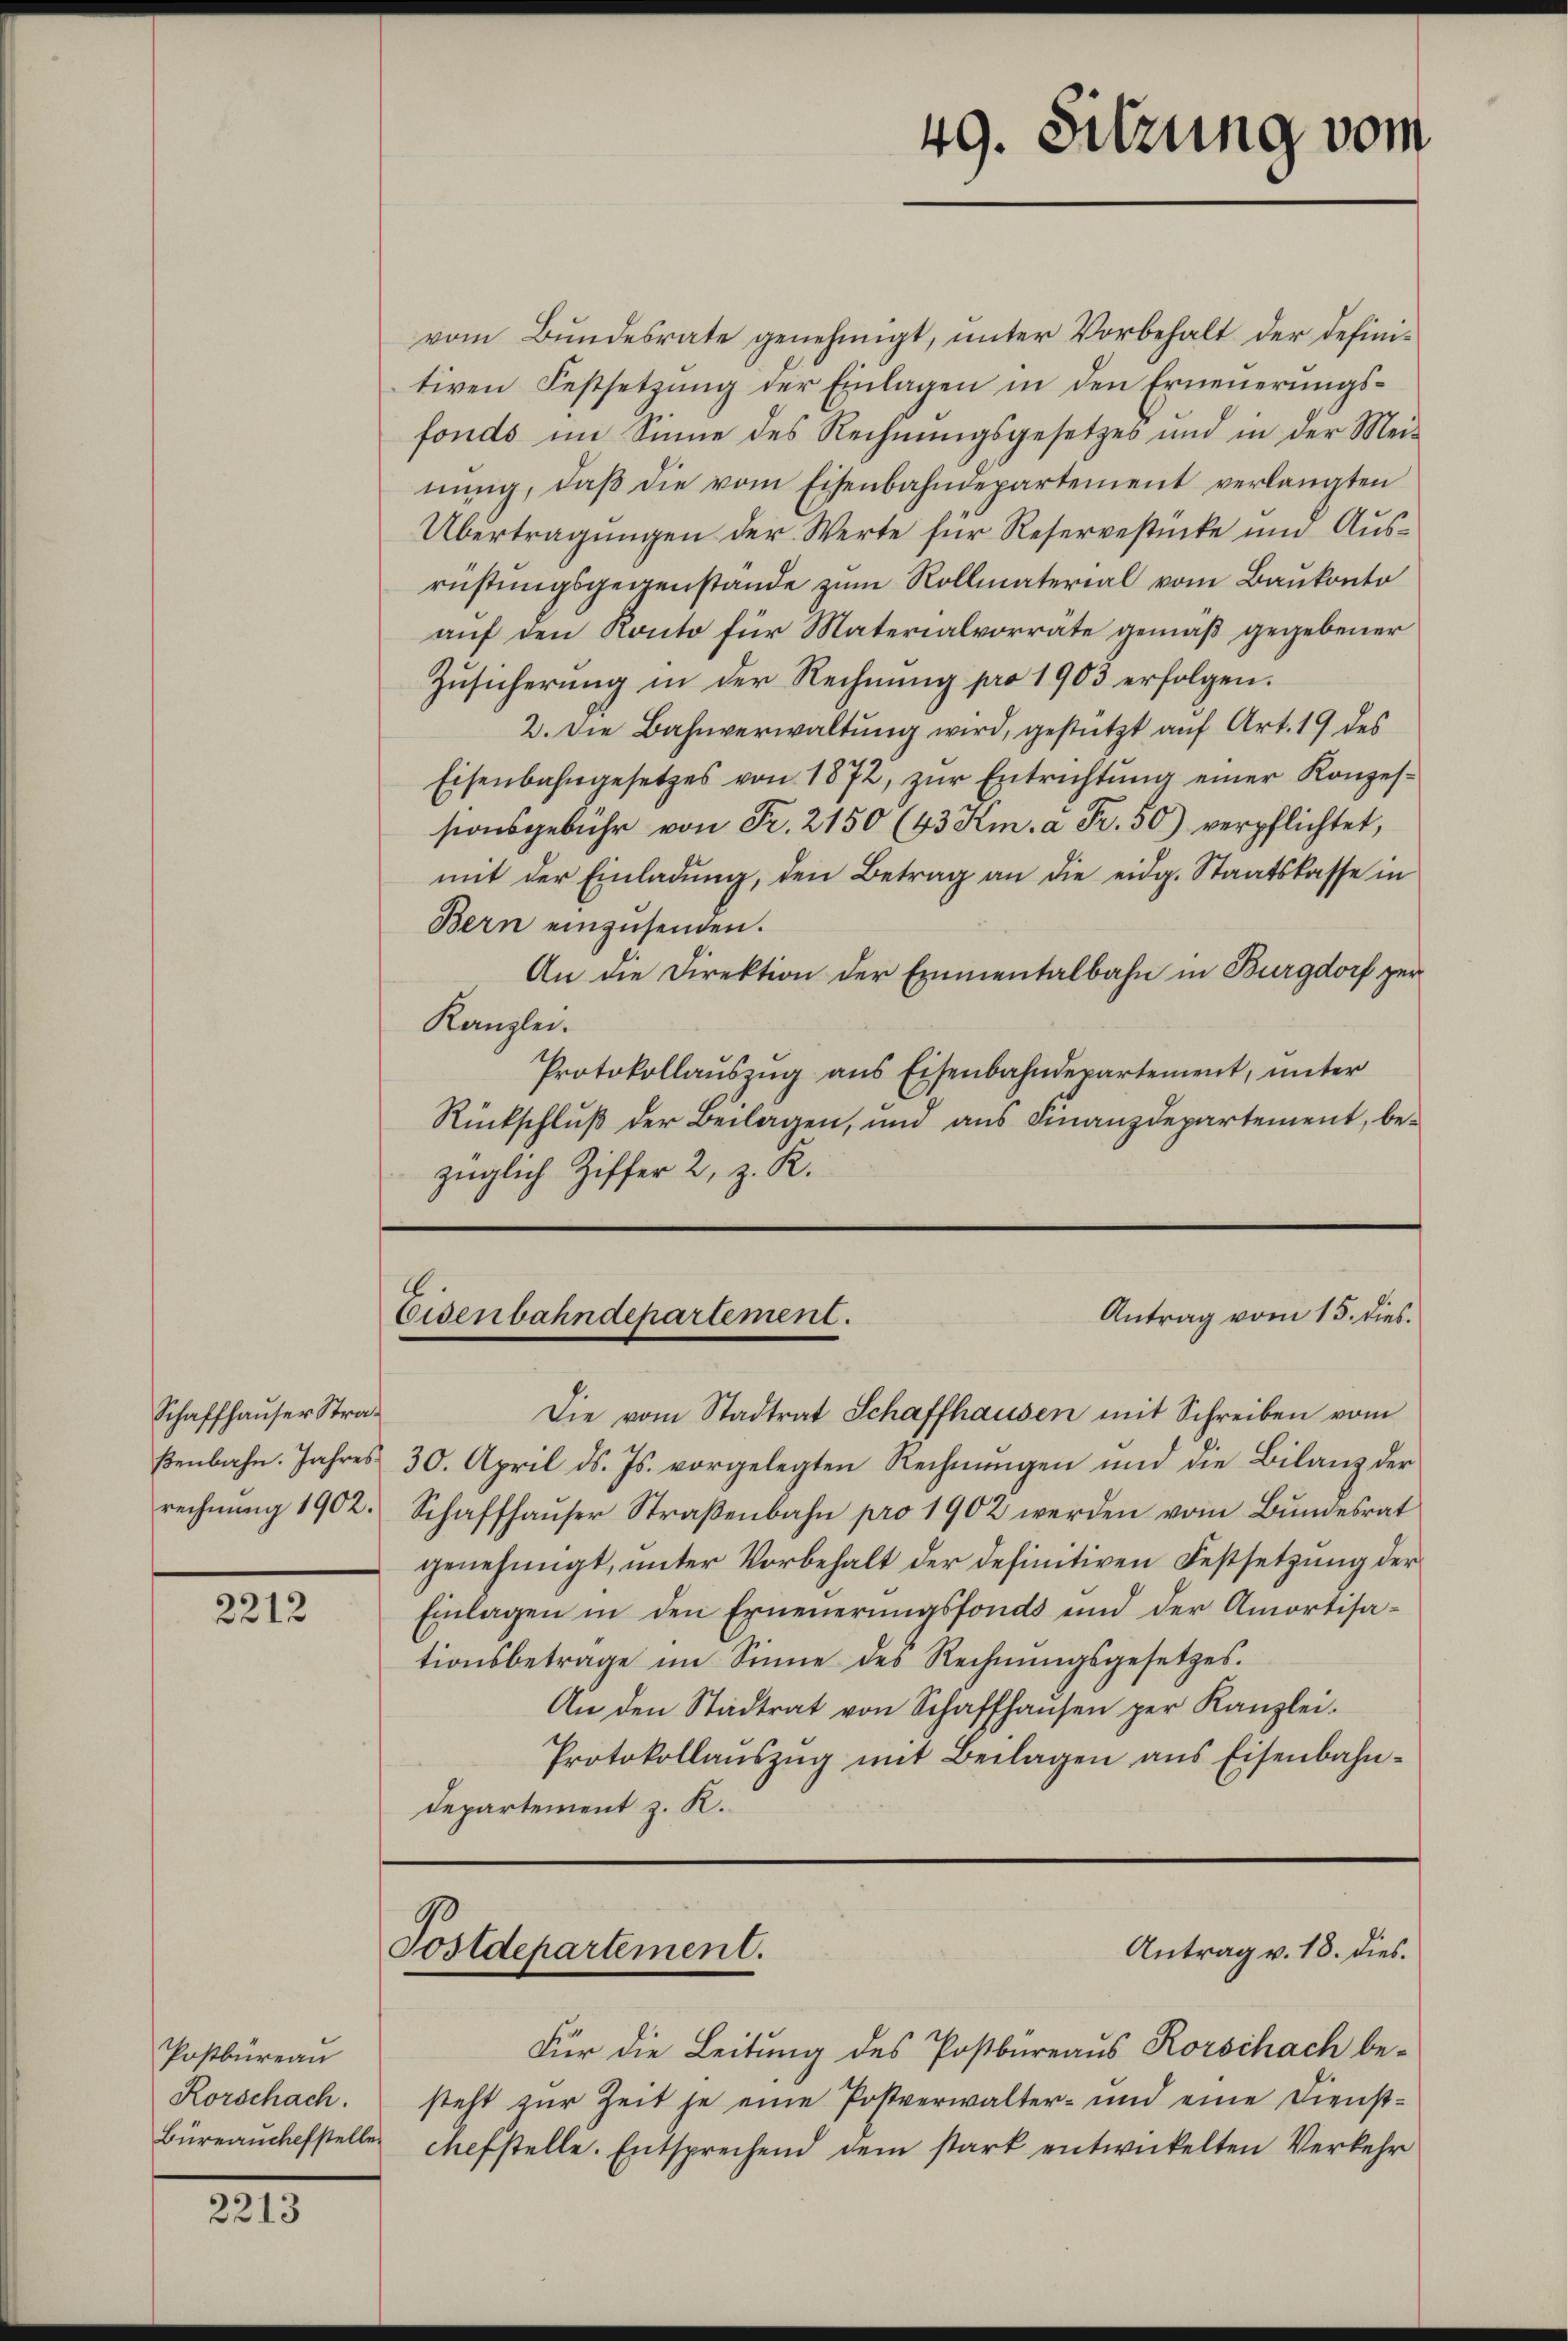
Schaffhauser Straßenbahn. Jahres
rechnung 1902.

2212

Postbüreau
Rorschach.
Büreauchefstelle

2213

vom Bundesrate genehmigt, ŭnter Vorbehalt der defini-
tiven Festsetzung der Einlagen in den Erneuerungsfonds im Sinne des Rechnungsgesetzes und in der Mei-
nŭng, daβ die vom Eisenbahndepartement verlangten
Übertragungen der Werte für Reservestücke und Ausrüstungsgegenstande zum Rollmaterial vom Baukonto
auf den Konto für Materialvorrate gemäß gegebener
Zusicherung in der Rechnung pro 1903 erfolgen.
2. Die Bahnverwaltung wird, gestützt auf Art. 19 des
Eisenbahngesetzes von 1872, zŭr Entrichtung einer Konzessionsgebühr von Fr. 2150 (43 Km. à Fr. 50) verpflichtet,
mit der Einladŭng, den Betrag an die eidg. Staatskasse in
Bern einzusenden.
An die Direktion der Emmentalbahn in Burgdorf zur
Kanzlei.
Protokollauszug aus Eisenbahndepartement, unter
Rückschlŭβ der Beilagen, und aus Finanzdepartement, bezüglich Ziffer 2, z. R.

.
Antrag vom 15. dies.
Eisenbahndepartement.

Postdepartement.

Die vom Stadtrat Schaffhausen mit Schreiben vom
30. April d. Js. vorgelegten Rechnŭngen und die Bilanz der
Schaffhauser Straβenbahn pro 1902 werden vom Bundesrat
genehmigt, unter Vorbehalt der definitiven Festsetzung der
Einlagen in den Erneŭerŭngsfonds und der Amortisa-
tionsbetrage im Sinne des Rechnŭngsgesetzes.
An den Stadtrat von Schaffhaŭsen per Kanzlei.
Protokollaŭszŭg mit Beilagen ans Eisenbahn-
Departement z. R.

49. Sitzung vom

Antrag v. 18. dies.

Für die Leitung des Postbureaus Rorschach besteht zur Zeit je eine Postverwalter- und eine Dienstchefstelle. Entsprechend dem stark entwickelten Verkehr